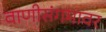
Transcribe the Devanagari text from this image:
वाणीसंगमावर